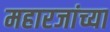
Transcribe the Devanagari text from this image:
महारजांच्या